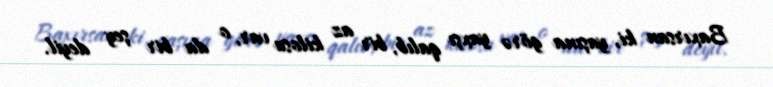
Baxırsan ki, yaşına görə yaxşı qalıb, bir az kilosu var, o da bir şey deyil.